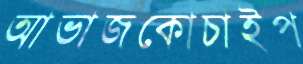
আভাজকোচাইপ